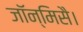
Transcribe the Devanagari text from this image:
जॉन्मिसै।